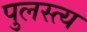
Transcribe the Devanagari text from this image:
पुलस्‍त्‍य